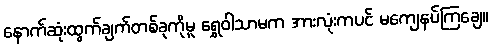
နောက်ဆုံးထွက်ချက်တစ်ခုကိုမူ ရွှေဝါသာမက အားလုံးကပင် မကျေနပ်ကြချေ။